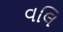
વલિ